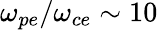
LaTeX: \omega_{pe}/\omega_{ce}\sim 10